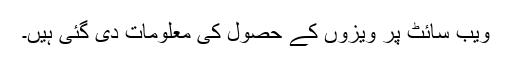
ویب سائٹ پر ویزوں کے حصول کی معلومات دی گئی ہیں۔